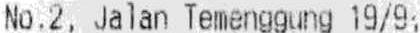
NO.2, JALAN TEMENGGUNG 19/9,